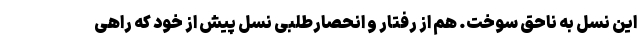
این نسل به ناحق سوخت. هم از رفتار و انحصارطلبی نسل پیش از خود که راهی